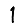
Digit: 1